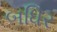
બધિર